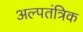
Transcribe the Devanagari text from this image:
अल्पतंत्रिक